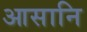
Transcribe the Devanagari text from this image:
आसानि